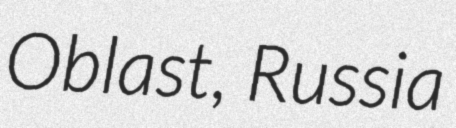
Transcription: Oblast, Russia